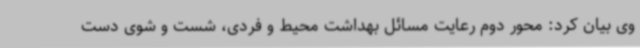
وی بیان کرد: محور دوم رعایت مسائل بهداشت محیط و فردی، شست و شوی دست